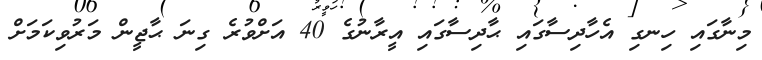
މިނާގައި ހިނގި އެހާދިސާގައި ޙާދިސާގައި އީރާނުގެ 40 އަށްވުރެ ގިނަ ޙާޖީން މަރުވިކަމަށް